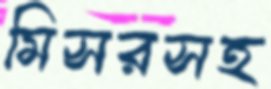
মিসরসহ